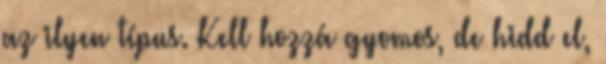
az ilyen típus. Kell hozzá gyomos, de hidd el,